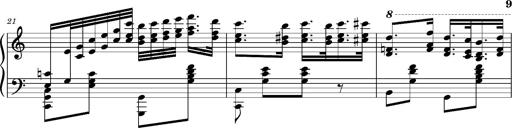
Title: Ungarischer Romanzero
Composer: Franz Liszt